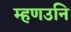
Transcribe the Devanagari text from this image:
म्हणउनि